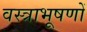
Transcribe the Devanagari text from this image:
वस्‍त्राभूषणों